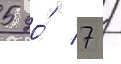
5 до́ 7 /